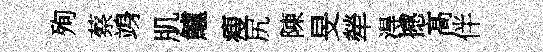
殉蔡竧肌鱸瘦尻陳旻犖淂撼髙伴